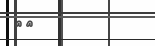
٨٧